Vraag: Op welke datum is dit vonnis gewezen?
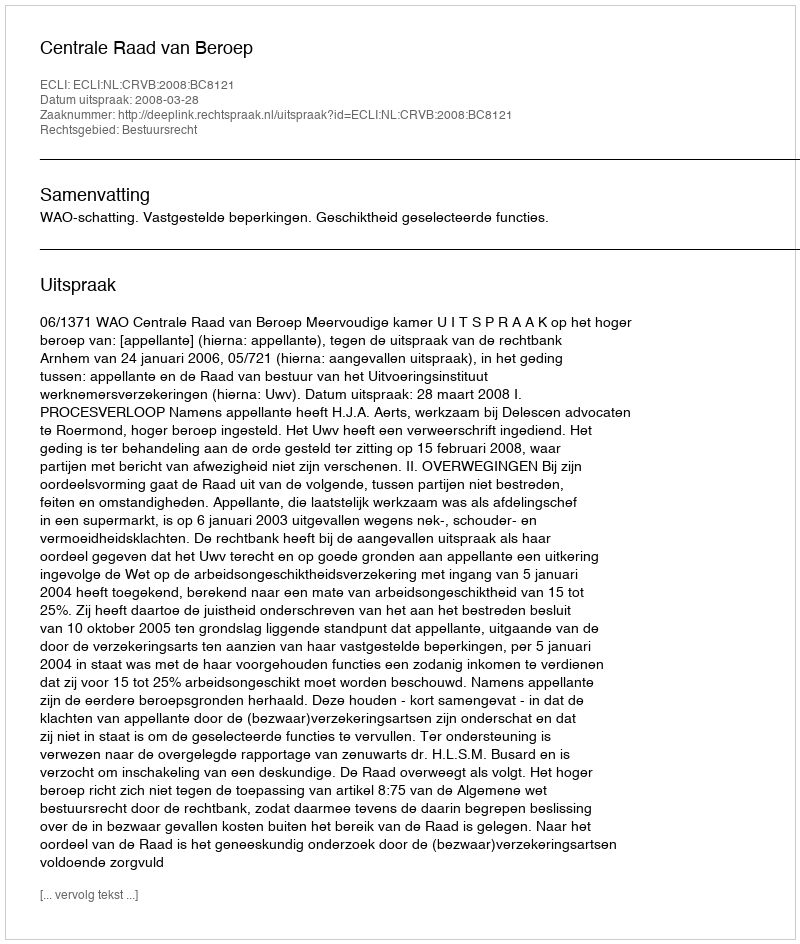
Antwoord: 2008-03-28